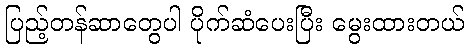
ပြည့်တန်ဆာတွေပါ ပိုက်ဆံပေးပြီး မွေးထားတယ်